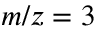
m / z = 3